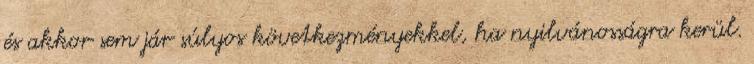
és akkor sem jár súlyos következményekkel, ha nyilvánosságra kerül.